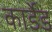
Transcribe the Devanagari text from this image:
कार्डेड